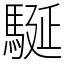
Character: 駳